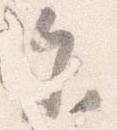
参